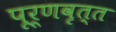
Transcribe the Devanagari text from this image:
पूर्णवृत्त